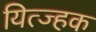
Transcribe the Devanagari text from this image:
यित्ज्हक